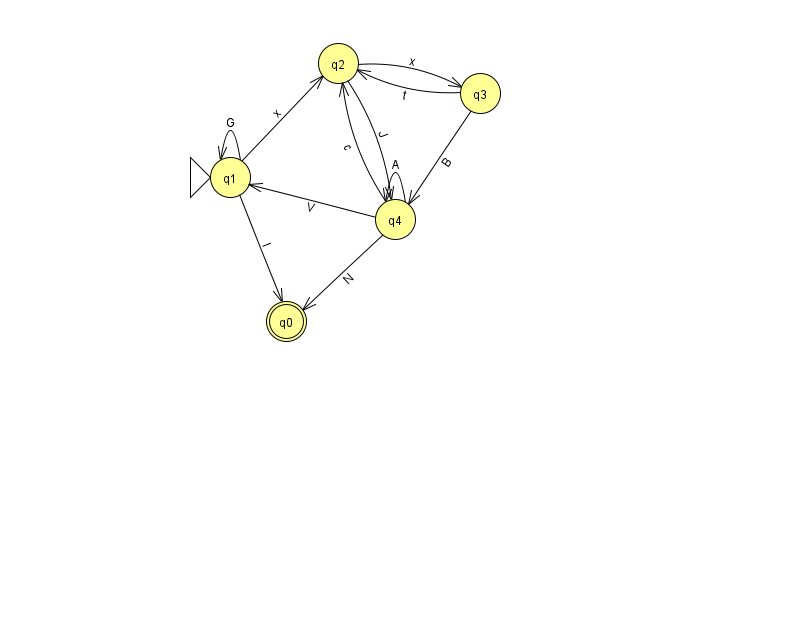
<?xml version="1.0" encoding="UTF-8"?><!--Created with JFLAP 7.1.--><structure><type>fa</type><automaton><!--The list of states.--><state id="0" name="q0"><x>286.0</x><y>308.0</y><final/></state><state id="1" name="q1"><x>230.0</x><y>164.0</y><initial/></state><state id="2" name="q2"><x>338.0</x><y>50.0</y></state><state id="3" name="q3"><x>480.0</x><y>80.0</y></state><state id="4" name="q4"><x>395.0</x><y>206.0</y></state><!--The list of transitions.--><transition><from>4</from><to>4</to><read>A</read></transition><transition><from>4</from><to>2</to><read>c</read></transition><transition><from>2</from><to>3</to><read>x</read></transition><transition><from>1</from><to>1</to><read>G</read></transition><transition><from>4</from><to>1</to><read>V</read></transition><transition><from>3</from><to>2</to><read>t</read></transition><transition><from>1</from><to>2</to><read>x</read></transition><transition><from>2</from><to>4</to><read>J</read></transition><transition><from>4</from><to>0</to><read>N</read></transition><transition><from>1</from><to>0</to><read>I</read></transition><transition><from>3</from><to>4</to><read>B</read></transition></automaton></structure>